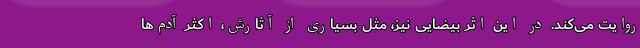
روايت می‌كند. در اين اثر بيضايی نيز، مثل بسياری از آثارش، اكثر آدم‌ها